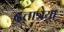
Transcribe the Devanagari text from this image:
दत्तात्रेया